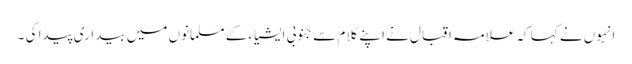
انہوں نے کہا کہ علامہ اقبال نے اپنے کلام سے جنوبی ایشیاء کے مسلمانوں میں بیداری پیدا کی ۔